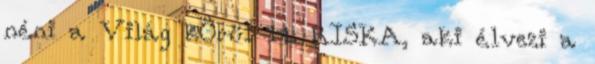
néni a Világ kÖrül 14. RISKA, aki élvezi a